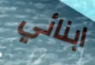
ابنائي